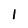
Character: I